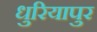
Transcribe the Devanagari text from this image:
धुरियापुर